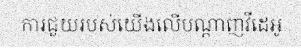
ការជួយរបស់យើងលើបណ្តាញវីដេអូ